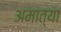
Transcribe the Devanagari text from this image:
अमात्या